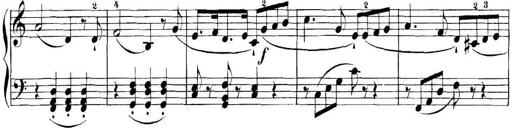
Title: 11 Sonatinas
Composer: Anton Diabelli